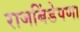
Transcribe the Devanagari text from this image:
राजबिंडेपणा